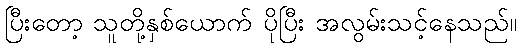
ပြီးတော့ သူတို့နှစ်ယောက် ပိုပြီး အလွမ်းသင့်နေသည်။